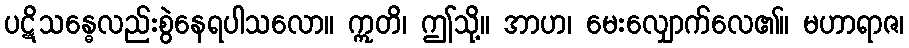
ပဋိသန္ဓေလည်းစွဲနေရပါသလော။ ဣတိ၊ ဤသို့။ အာဟ၊ မေးလျှောက်လေ၏။ မဟာရာဇ၊